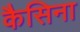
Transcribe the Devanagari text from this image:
कैसिना